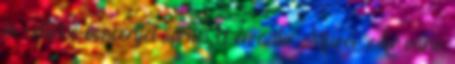
le. Utolsó koncertjét április 11-én adta. Művei: Air varié